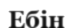
Ебін